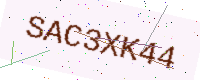
Text: SAC3XK44